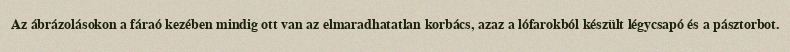
Az ábrázolásokon a fáraó kezében mindig ott van az elmaradhatatlan korbács, azaz a lófarokból készült légycsapó és a pásztorbot.